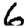
Digit: 6